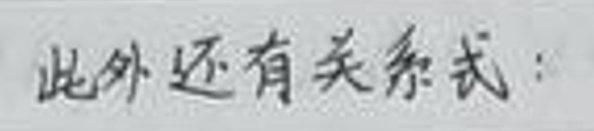
此外还有关系式：